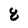
Character: 8